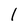
Character: l